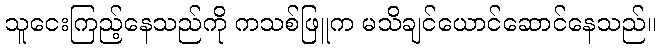
သူငေးကြည့်နေသည်ကို ကသစ်ဖြူက မသိချင်ယောင်ဆောင်နေသည်။